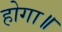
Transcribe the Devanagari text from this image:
होगा॥